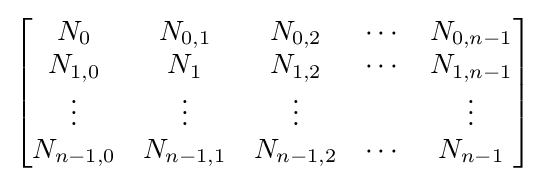
{\begin{bmatrix}{\begin{matrix}N_{0}&N_{0,1}&N_{0,2}&\cdots &N_{0,n-1}\\N_{1,0}&N_{1}&N_{1,2}&\cdots &N_{1,n-1}\\\vdots &\vdots &\vdots &&\vdots \\N_{n-1,0}&N_{n-1,1}&N_{n-1,2}&\cdots &N_{n-1}\end{matrix}}\end{bmatrix}}